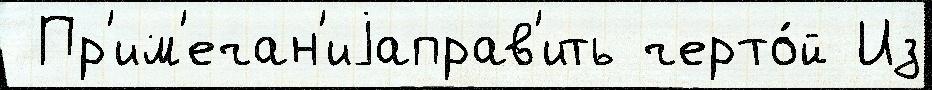
 Пр'им'ечан'иjаправ'ить черто́й Из